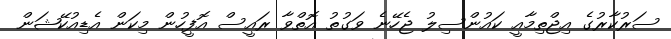
ސަރުކާރުގެ އިޖްތިމާއީ ކައުންސިލު ޖެހޭނެ ވަގުތު އޮތްވާ ރައީސް އޮފީހުން މިކަން އެޑިއުކޭޝަން